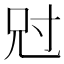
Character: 𡬣